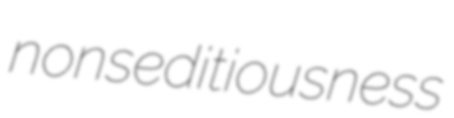
nonseditiousness